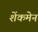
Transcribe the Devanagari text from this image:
शेंकमेन